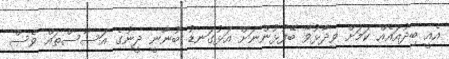
އެއީ ބިދުއައެއް ކަމަށް ވިދާޅުވާ ބޭފުޅުންނަށް އަޅުގަނޑު ބުނާނީ ދީނުގެ އަސާސްތައް ވެސް